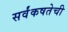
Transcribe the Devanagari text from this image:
सर्वंकषतेची